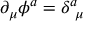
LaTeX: \partial _ { \mu } \phi ^ { a } = \delta _ { ~ \mu } ^ { a }